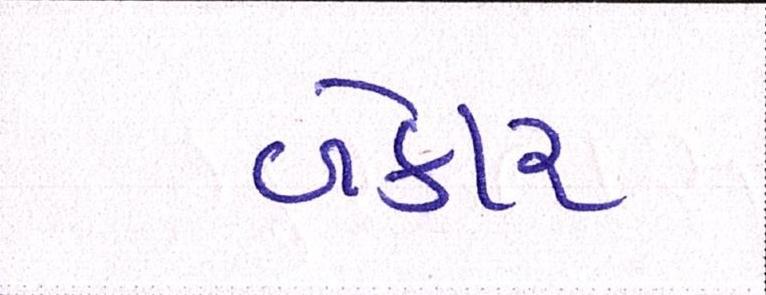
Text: બેકાર